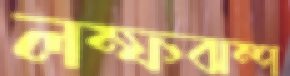
লম্ফঝম্প